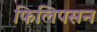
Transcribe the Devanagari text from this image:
फिलिपसन